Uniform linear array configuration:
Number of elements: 64
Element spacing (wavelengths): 0.75
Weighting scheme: hamming
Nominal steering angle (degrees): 60
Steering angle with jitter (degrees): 60.321
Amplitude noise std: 0.05
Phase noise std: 0.05

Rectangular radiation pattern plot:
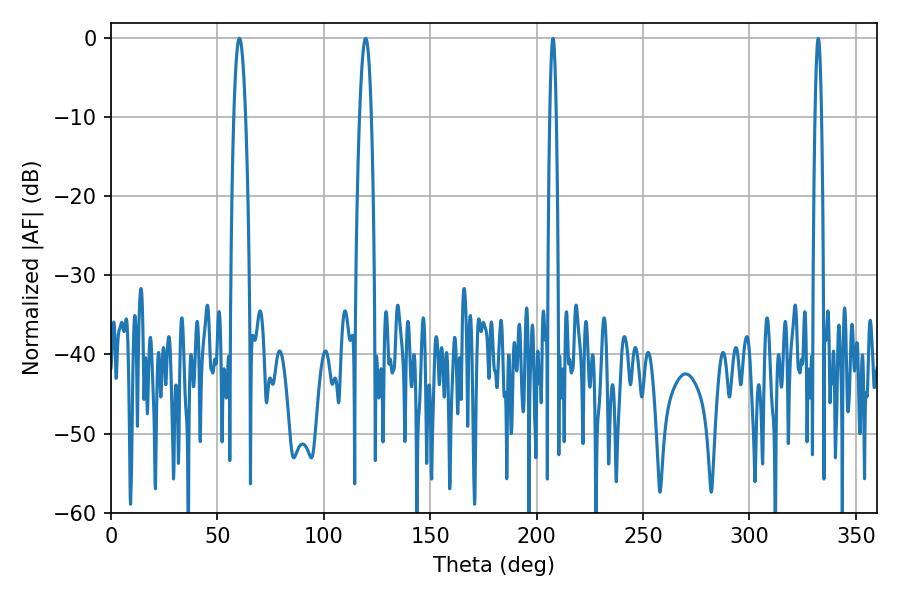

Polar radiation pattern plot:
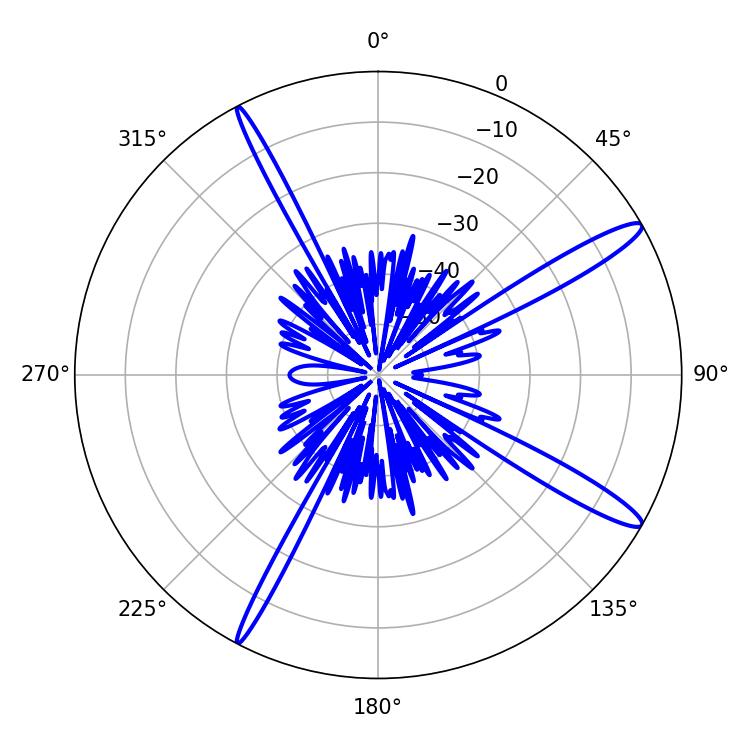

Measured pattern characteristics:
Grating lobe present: TRUE
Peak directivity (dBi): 14.514
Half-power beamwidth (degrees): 3.06
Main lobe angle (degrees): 60.3